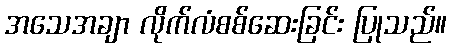
အသေအချာ လိုက်လံစစ်ဆေးခြင်း ပြုသည်။